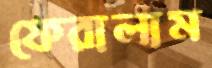
ফেরালাম